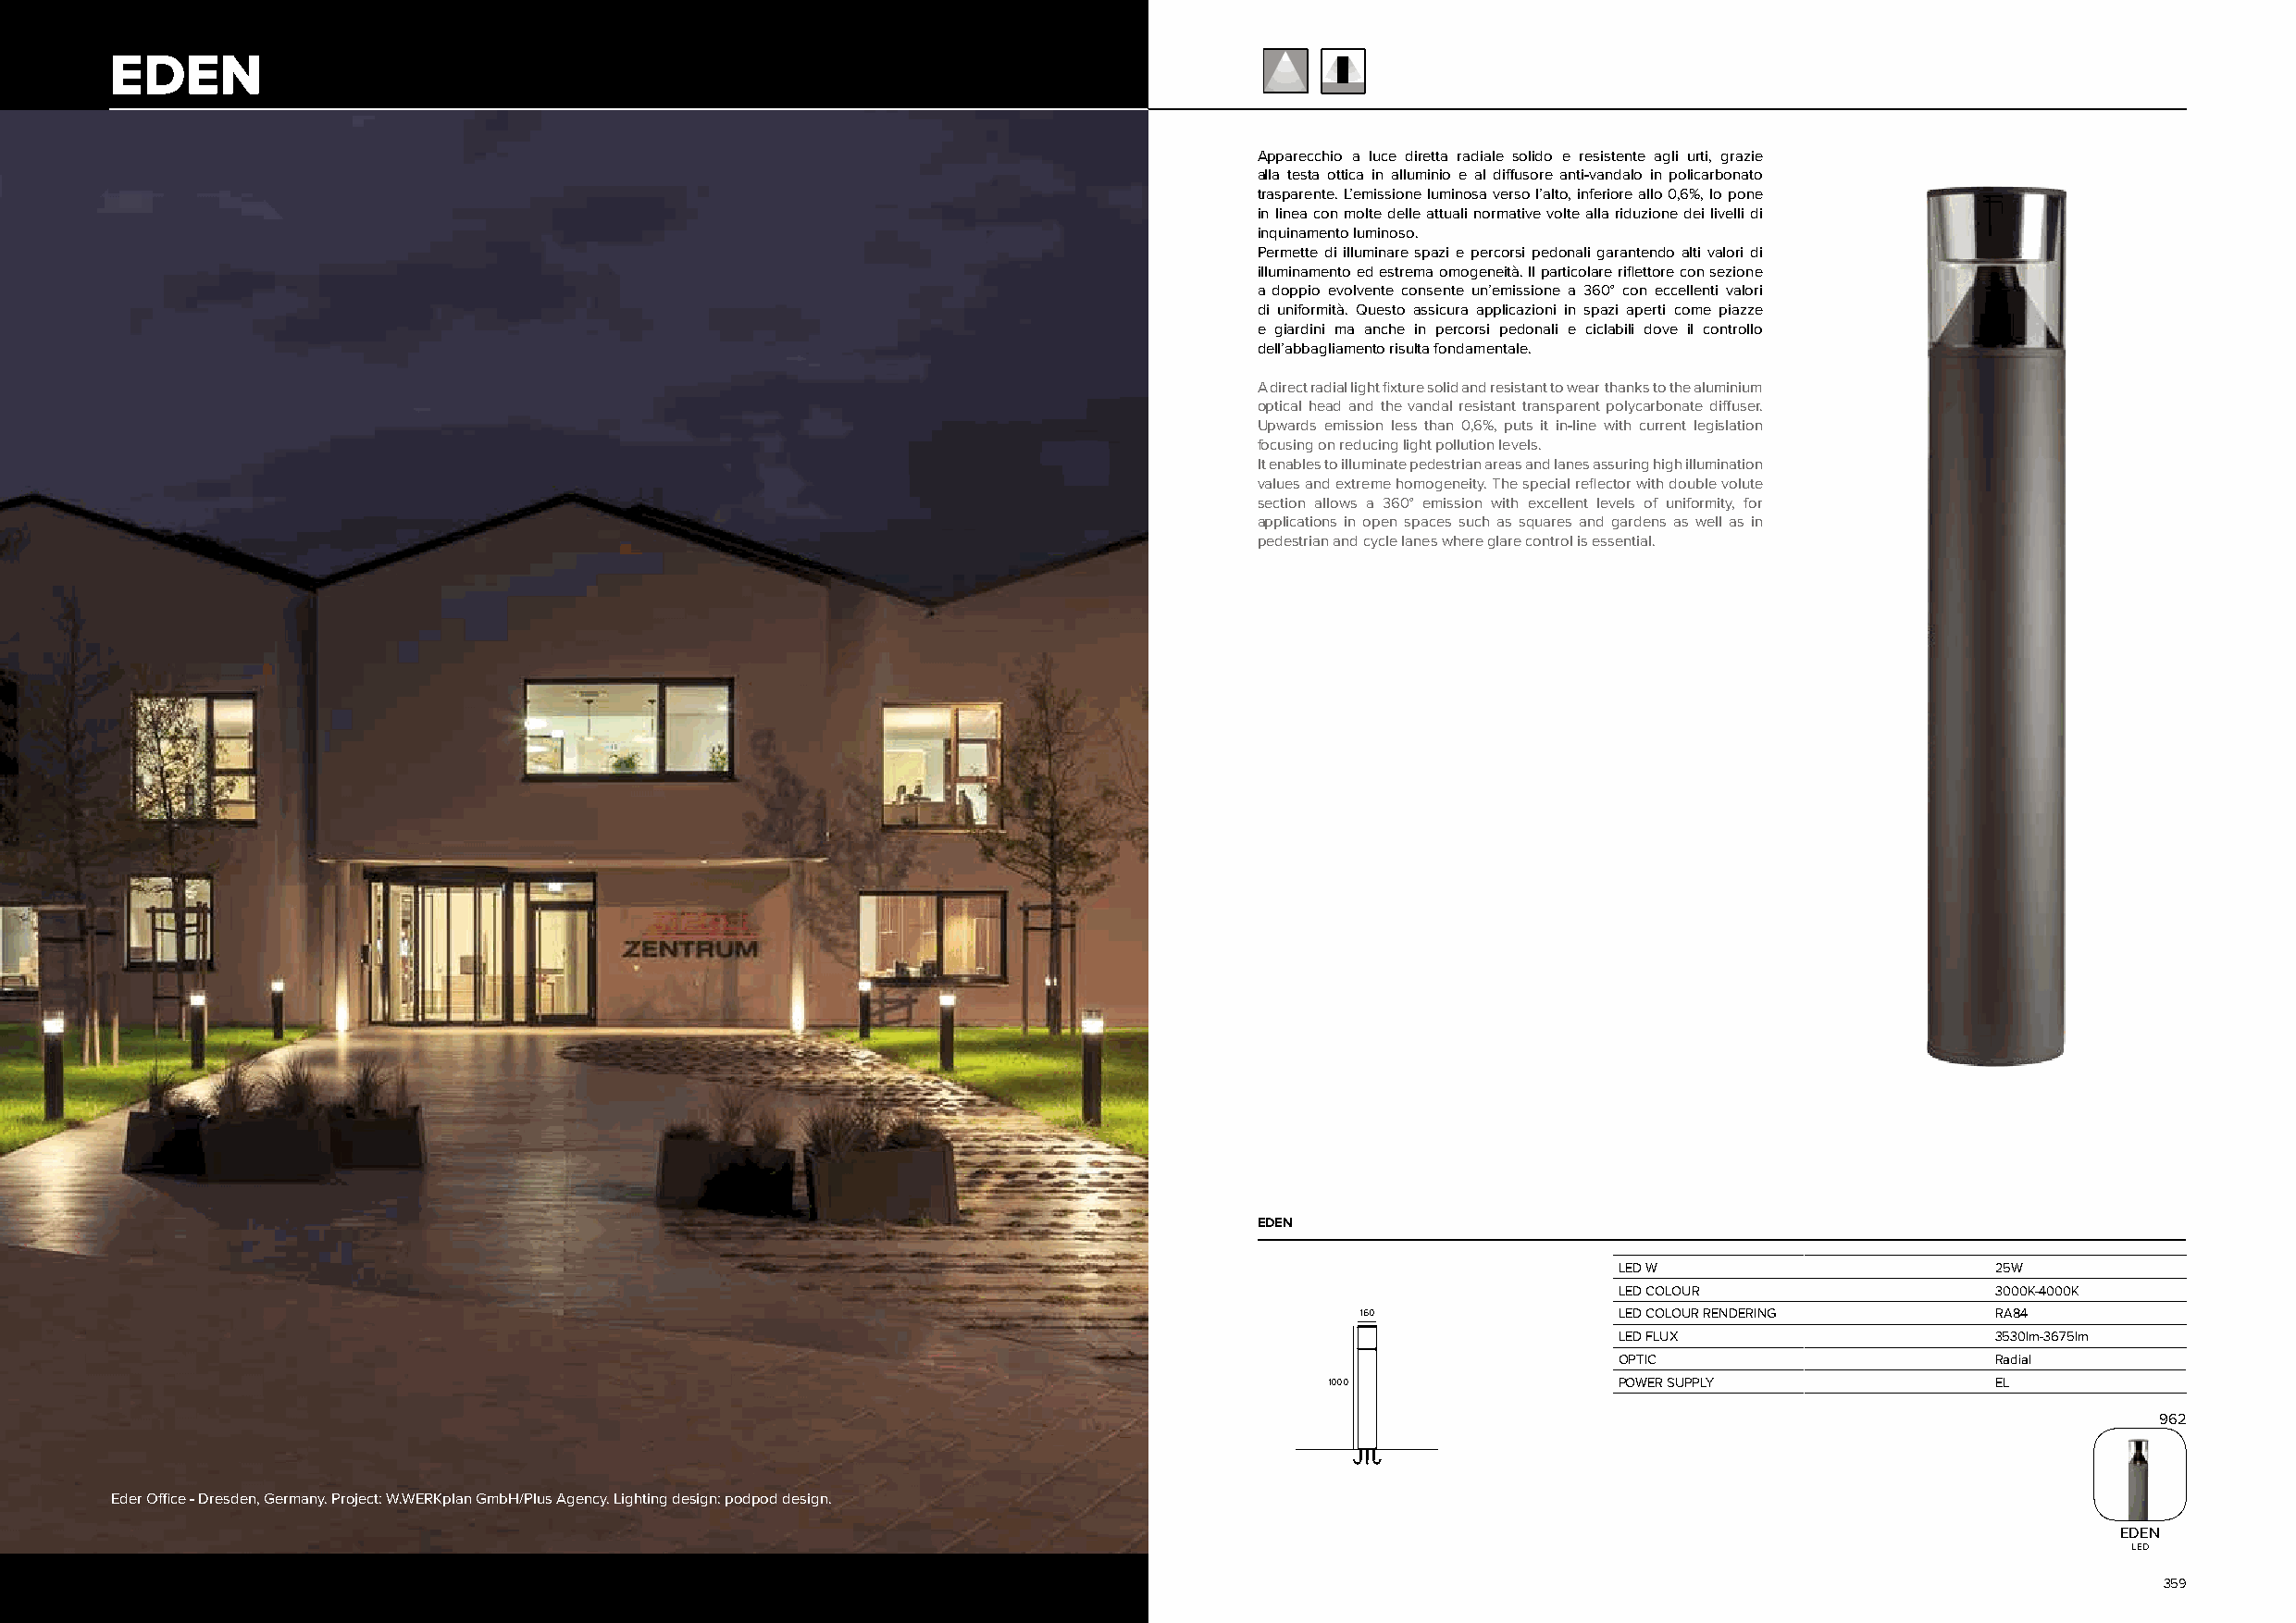
EDEN
 Apparecchio a luce diretta radiale solido e resistente agli urti, grazie
 alla testa ottica in alluminio e al diffusore anti-vandalo in policarbonato
 trasparente. L’emissione luminosa verso l’alto, inferiore allo 0,6%, lo pone
 in linea con molte delle attuali normative volte alla riduzione dei livelli di
 inquinamento luminoso.
 Permette di illuminare spazi e percorsi pedonali garantendo alti valori di
 illuminamento ed estrema omogeneità. Il particolare riflettore con sezione
 a doppio evolvente consente un’emissione a 360° con eccellenti valori
 di uniformità. Questo assicura applicazioni in spazi aperti come piazze
 e giardini ma anche in percorsi pedonali e ciclabili dove il controllo
 dell’abbagliamento risulta fondamentale.
 A direct radial light fixture solid and resistant to wear thanks to the aluminium
 optical head and the vandal resistant transparent polycarbonate diffuser.
 Upwards emission less than 0,6%, puts it in-line with current legislation
 focusing on reducing light pollution levels.
 It enables to illuminate pedestrian areas and lanes assuring high illumination
 values and extreme homogeneity. The special reflector with double volute
 section allows a 360° emission with excellent levels of uniformity, for
 applications in open spaces such as squares and gardens as well as in
 pedestrian and cycle lanes where glare control is essential.
 EDEN
 LED W                      25W
 LED COLOUR                 3000K-4000K
 160                LED COLOUR RENDERING       RA84
 LED FLUX                   3530lm-3675lm
 OPTIC                      Radial
 1000                 POWER SUPPLY               EL
 962
 Eder Office - Dresden, Germany. Project: W.WERKplan GmbH/Plus Agency. Lighting design: podpod design.
 EDEN
 LED
 358                                                                                                                                                359